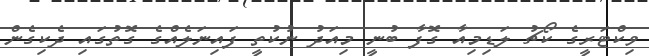
ވިކްޓަރީގެ ކޯޗު ލަޑިމިއާ ގޮފާ ބުނީ މިއަދު ނުކުތީ ފައިނަލެއްގެ ގޮތުގައި ދެކިގެން